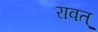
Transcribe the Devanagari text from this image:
रावत्